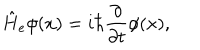
LaTeX: \hat { H } _ { e } \phi ( x ) = i \hbar \frac { \partial } { \partial t } \phi ( x ) ,